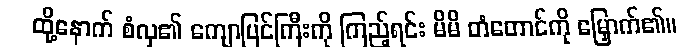
ထို့နောက် စံလှ၏ ကျောပြင်ကြီးကို ကြည့်ရင်း မိမိ တံတောင်ကို မြှောက်၏။